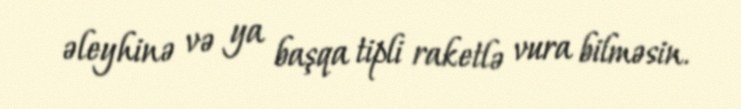
əleyhinə və ya başqa tipli raketlə vura bilməsin.